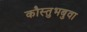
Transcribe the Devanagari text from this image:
कौस्तुभबुवा